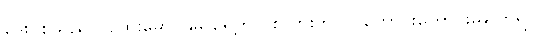
ဒေးဗစ်သည် ပထွေးမောင်နှမ ရှေ့တွင် စကားကိုပင် ကောင်းကောင်းမပြောရဲ။